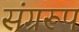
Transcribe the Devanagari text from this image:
संग्ररूप